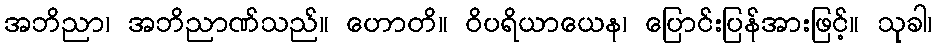
အဘိညာ၊ အဘိညာဏ်သည်။ ဟောတိ။ ဝိပရိယာယေန၊ ပြောင်းပြန်အားဖြင့်။ သုခါ၊